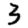
Digit: 3